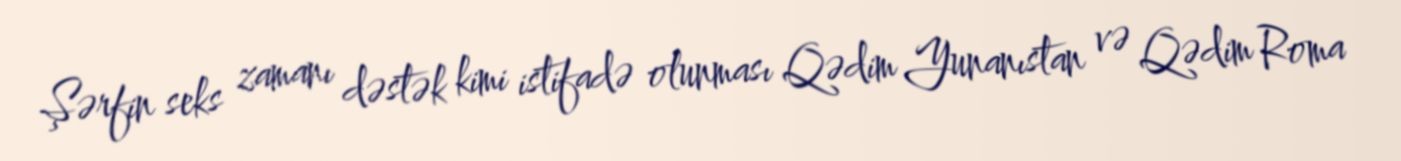
Şərfin seks zamanı dəstək kimi istifadə olunması Qədim Yunanıstan və Qədim Roma